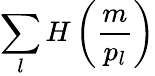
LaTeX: \sum_{l}H\left(\frac{m}{p_{l}}\right)